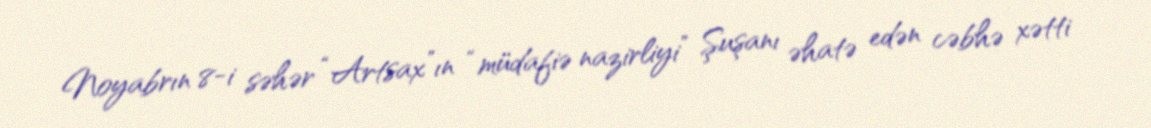
Noyabrın 8-i səhər “Artsax”ın “müdafiə nazirliyi” Şuşanı əhatə edən cəbhə xətti